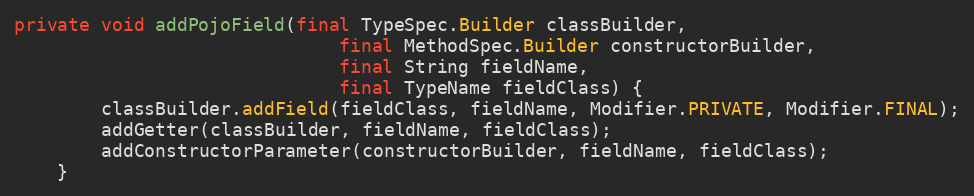
Language: Java
private void addPojoField(final TypeSpec.Builder classBuilder,
                              final MethodSpec.Builder constructorBuilder,
                              final String fieldName,
                              final TypeName fieldClass) {
        classBuilder.addField(fieldClass, fieldName, Modifier.PRIVATE, Modifier.FINAL);
        addGetter(classBuilder, fieldName, fieldClass);
        addConstructorParameter(constructorBuilder, fieldName, fieldClass);
    }